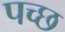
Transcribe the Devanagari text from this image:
पच्छ